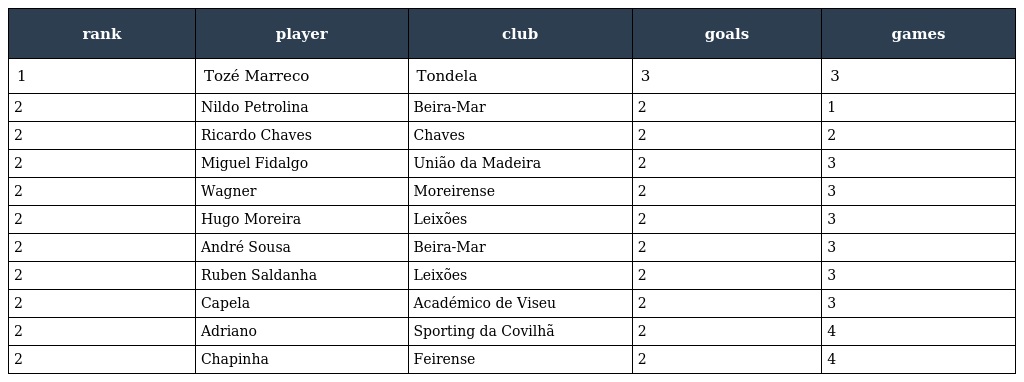
| rank | player | club | goals | games |
 | --- | --- | --- | --- | --- |
 | 1 | Tozé Marreco | Tondela | 3 | 3 |
 | 2 | Nildo Petrolina | Beira-Mar | 2 | 1 |
 | 2 | Ricardo Chaves | Chaves | 2 | 2 |
 | 2 | Miguel Fidalgo | União da Madeira | 2 | 3 |
 | 2 | Wagner | Moreirense | 2 | 3 |
 | 2 | Hugo Moreira | Leixões | 2 | 3 |
 | 2 | André Sousa | Beira-Mar | 2 | 3 |
 | 2 | Ruben Saldanha | Leixões | 2 | 3 |
 | 2 | Capela | Académico de Viseu | 2 | 3 |
 | 2 | Adriano | Sporting da Covilhã | 2 | 4 |
 | 2 | Chapinha | Feirense | 2 | 4 |